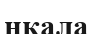
нқала